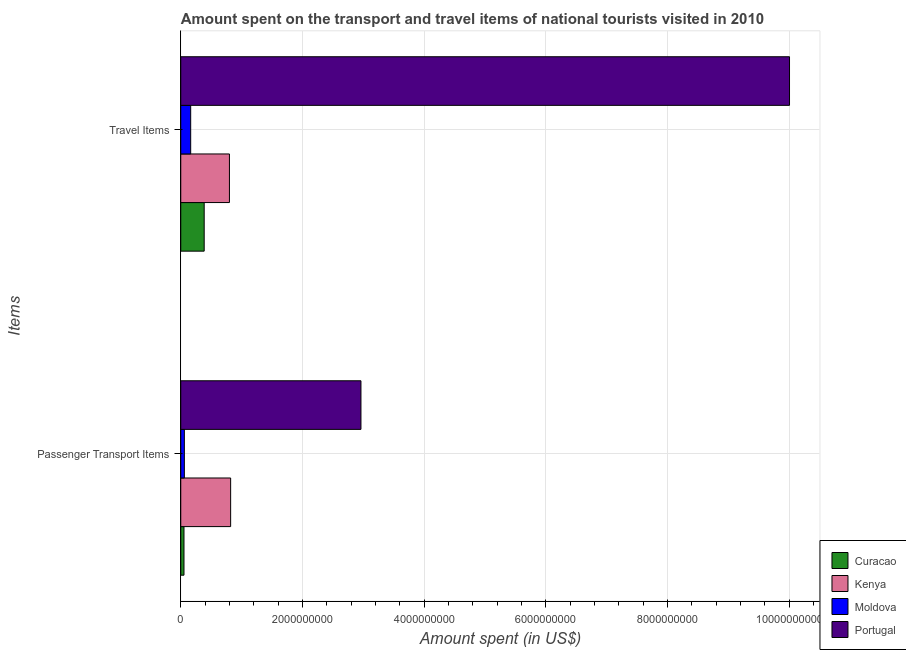
| Items | Curacao | Kenya | Moldova | Portugal |
 | --- | --- | --- | --- | --- |
 | Passenger Transport Items | 5.3e+07 | 8.2e+08 | 5.9e+07 | 2.96e+09 |
 | Travel Items | 3.85e+08 | 8e+08 | 1.63e+08 | 1e+10 |